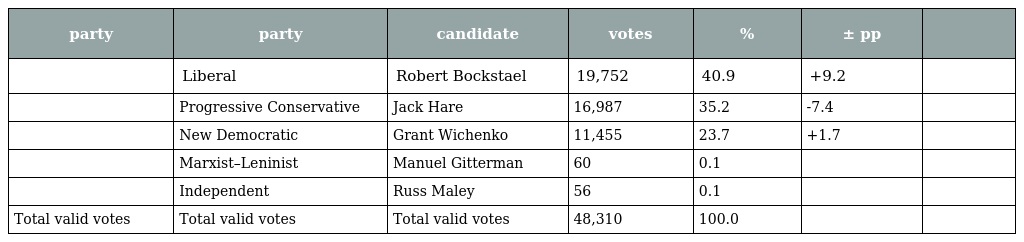
| party | party | candidate | votes | % | ± pp |  |
 | --- | --- | --- | --- | --- | --- | --- |
 |  | Liberal | Robert Bockstael | 19,752 | 40.9 | +9.2 |  |
 |  | Progressive Conservative | Jack Hare | 16,987 | 35.2 | -7.4 |  |
 |  | New Democratic | Grant Wichenko | 11,455 | 23.7 | +1.7 |  |
 |  | Marxist–Leninist | Manuel Gitterman | 60 | 0.1 |  |  |
 |  | Independent | Russ Maley | 56 | 0.1 |  |  |
 | Total valid votes | Total valid votes | Total valid votes | 48,310 | 100.0 |  |  |